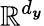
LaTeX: \mathbb{R}^{d_{\boldsymbol{y}}}